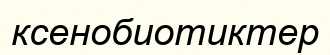
ксенобиотиктер